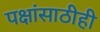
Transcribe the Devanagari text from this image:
पक्षांसाठीही